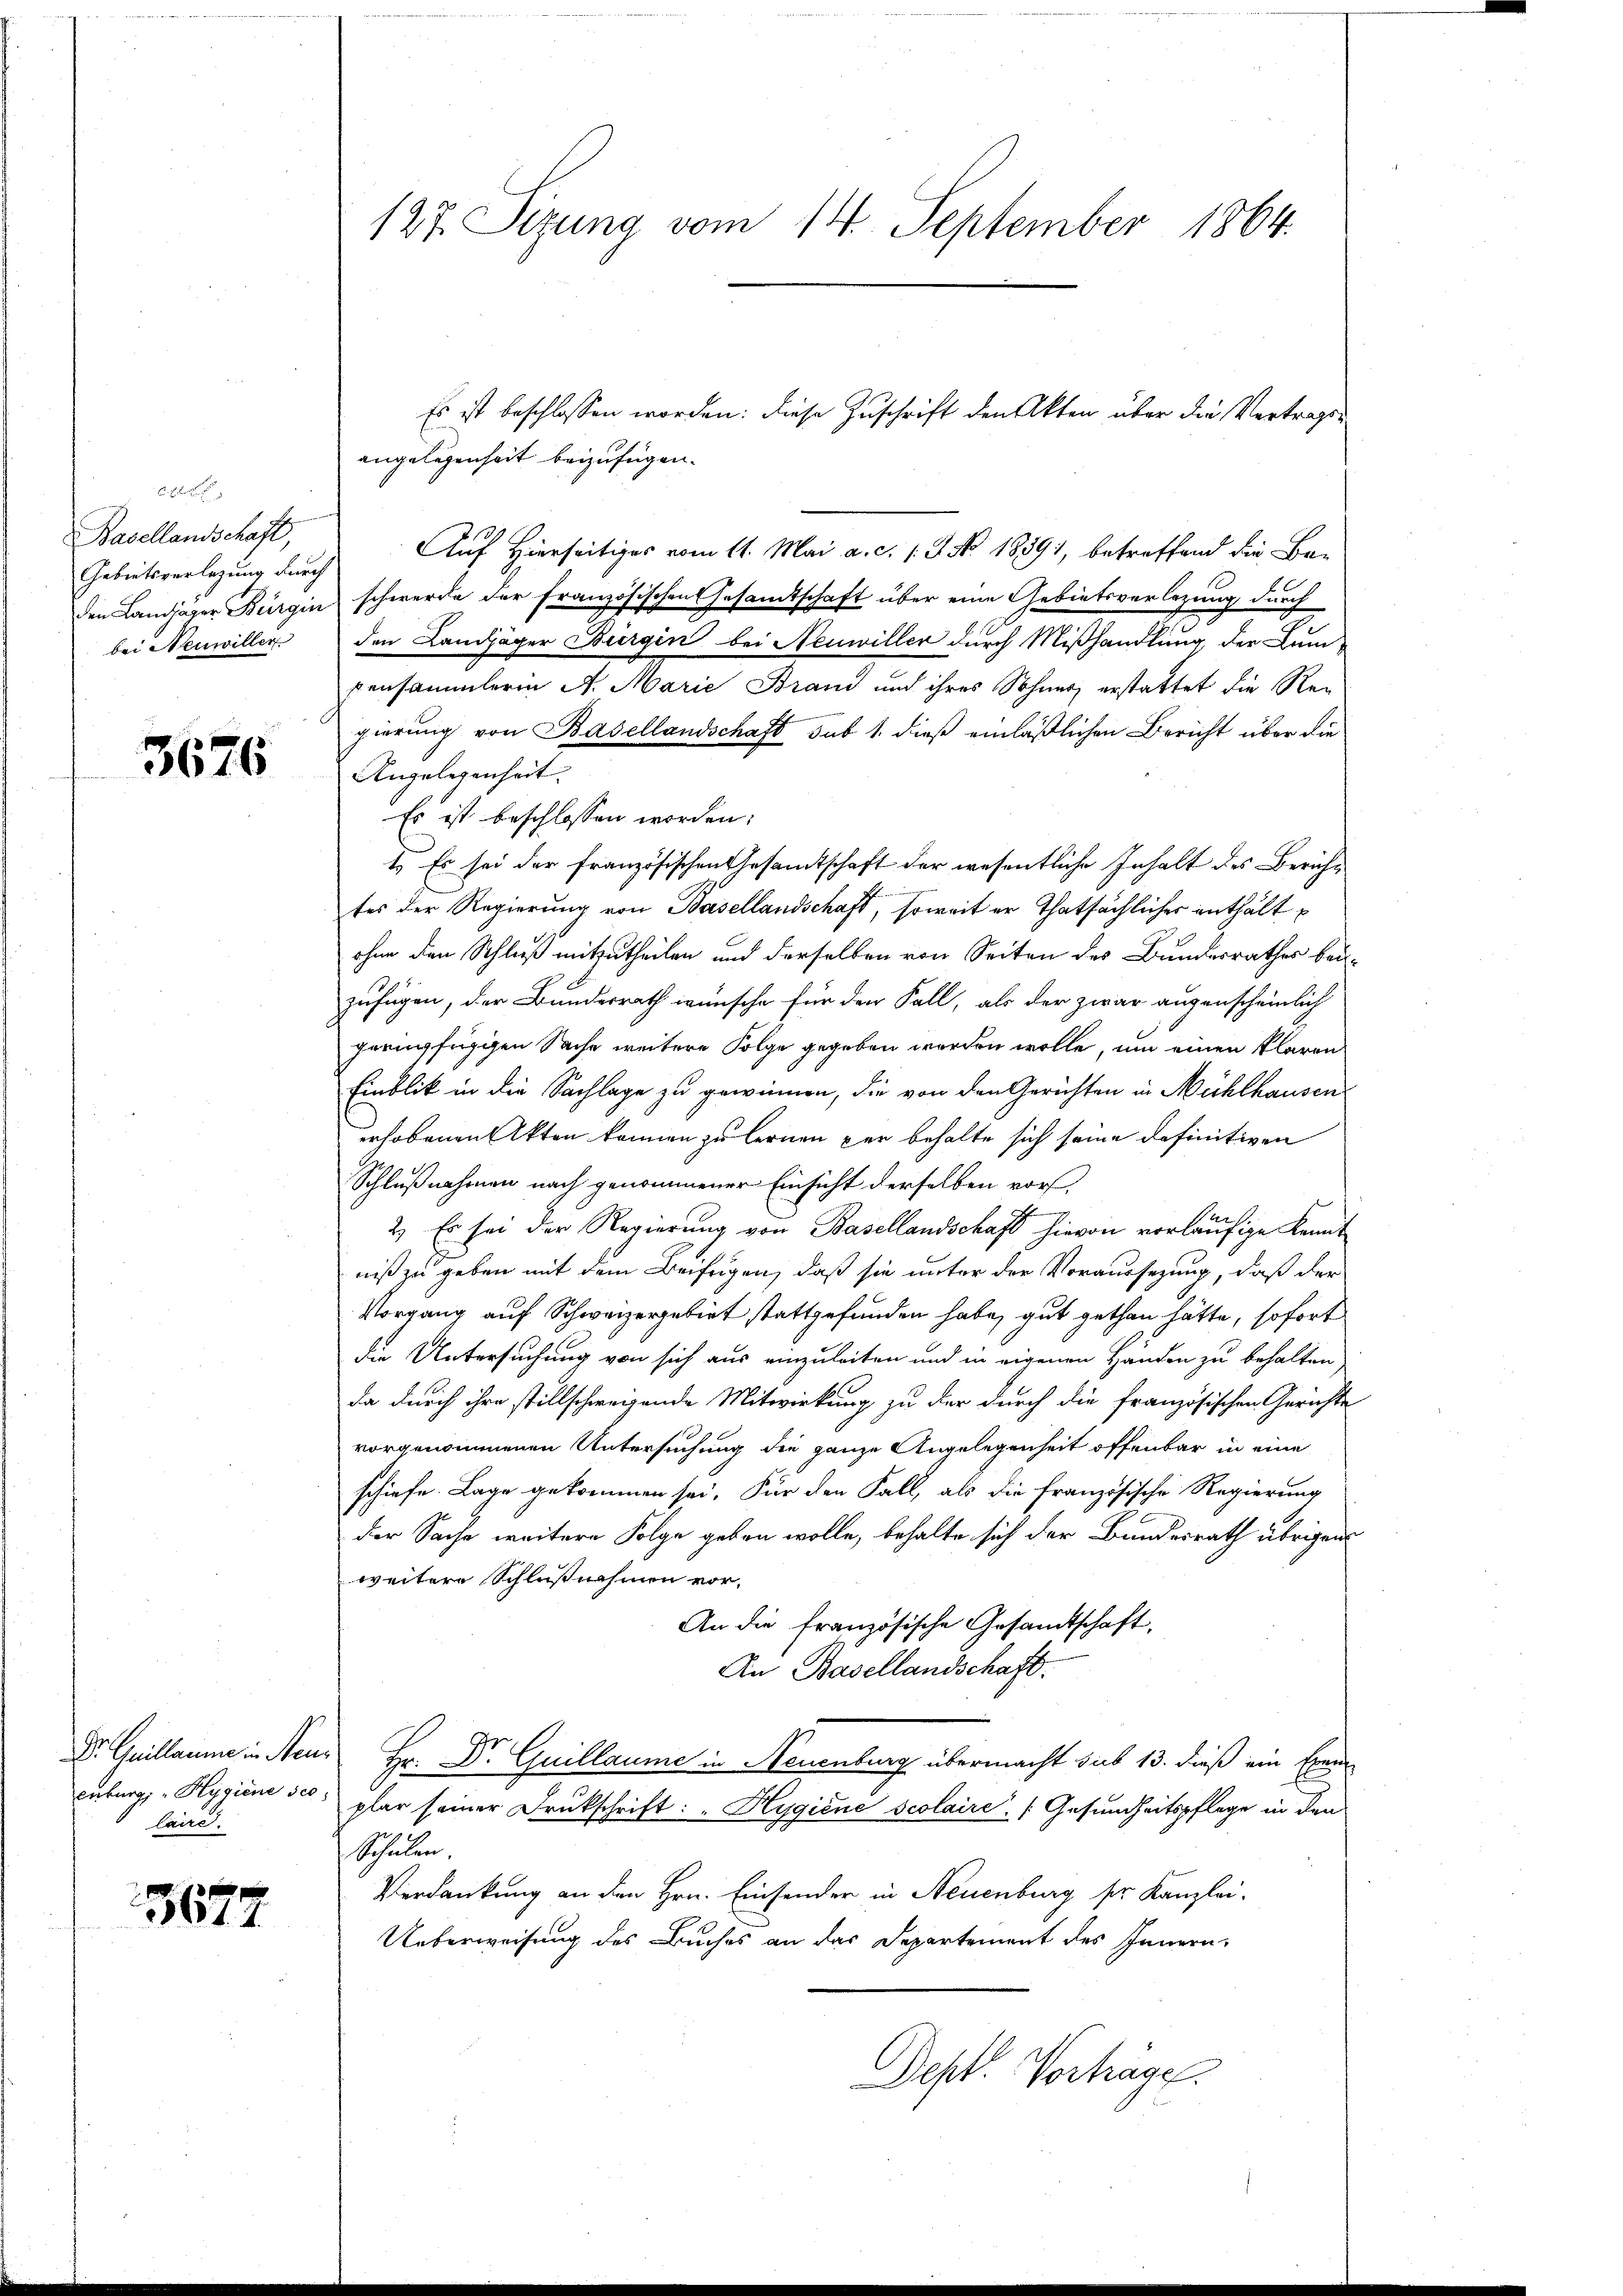
Basellandschaft,
Gebietsverlegung durch
den Landjäger Bürgin
bei Neuwiller

3676

Dr Guillaume in Neu¬
Enburg, Hygiene sec
laine.

3677

127. Sizung vom 14. September 1864.

angelegenheit beizufügen.
Auf Hierseitiges vom 11. Mai a. c. s. Z. N. 18891, betreffend die Beschwerde der französischen Gesamtschaft über eine Gebietsvorlegung durch
den Landjäger Bürgen bei Neuwiller durch Mißhandlung, der Lum-
pensammlerin A. Marie Brand und ihres Sohnes erstattet die Regierung von Basellandschaft sub 1. dieß einläßlichen Bericht über die
Angelegenheit.
Es ist beschlossen worden;
1.) Es sei der französischen Gesamtschaft der wesentliche Inhalt des Zürichtes der Regierung von Basellandschaft, soweit er thatsächlicher enthält
ohne den Schluß mitzutheilen und derselben von Seiten des Bundesrathes beizufügen, der Bundesrath wünsche für den Fall, als der zwar augenscheinlich
peringfügigen Sache weitere Folge gegeben worden wolle, um einen klaren
Einblik in die Sachlage zu gewinnen, die von den Gerichten in Mühlhausen
erhobenen Akten können zu lernen per behalte sich seine definitiven
Schlußnahmen nach genommener Einsicht derselben vor,
F
2.) Es sei der Regierung von Basellandschaft hievon vorläufige Kennt
niß zu geben mit dem Beifügen, daß sie unter der Voraussezung, daß der
Vorgang auf Schweizergebiet stattgefunden habe, gut gethan hätte, sofort
die Untersuchung von sich aus einzuleiten und in eigenen Händen zu behalten
da durch ihre stillschweigende Mitwirkung zu der durch die französischen Gerichte
vorgenommenen Untersuchung die ganze Angelegenheit offenbar in eine
schiefe. Lage gekommen sei. Für den Fall, als die französische Regierung
der Sache weitere Folge geben wolle, behalte sich der Bundesrath übrigens
weitere Schlußnahmen vor,
An die französische Gesandtschaft,
An Basellandschaft.
Hr. Dr. Guillaume in Neuenburg übermacht sub 13. dieß ein Exem
plar seiner Drukschrift: "Hygiene Scolaire, [Gesundheitspflege in den
Schulen.
Verdankung an den Hrn. Einsender in Neuenburg sr. Kanzlei-
Ueberweisung des Buches an das Departement des Innern,
Dept. Vorträge.

Es ist beschlossen worden: diese Zuschrift den Akten über die Vertrags